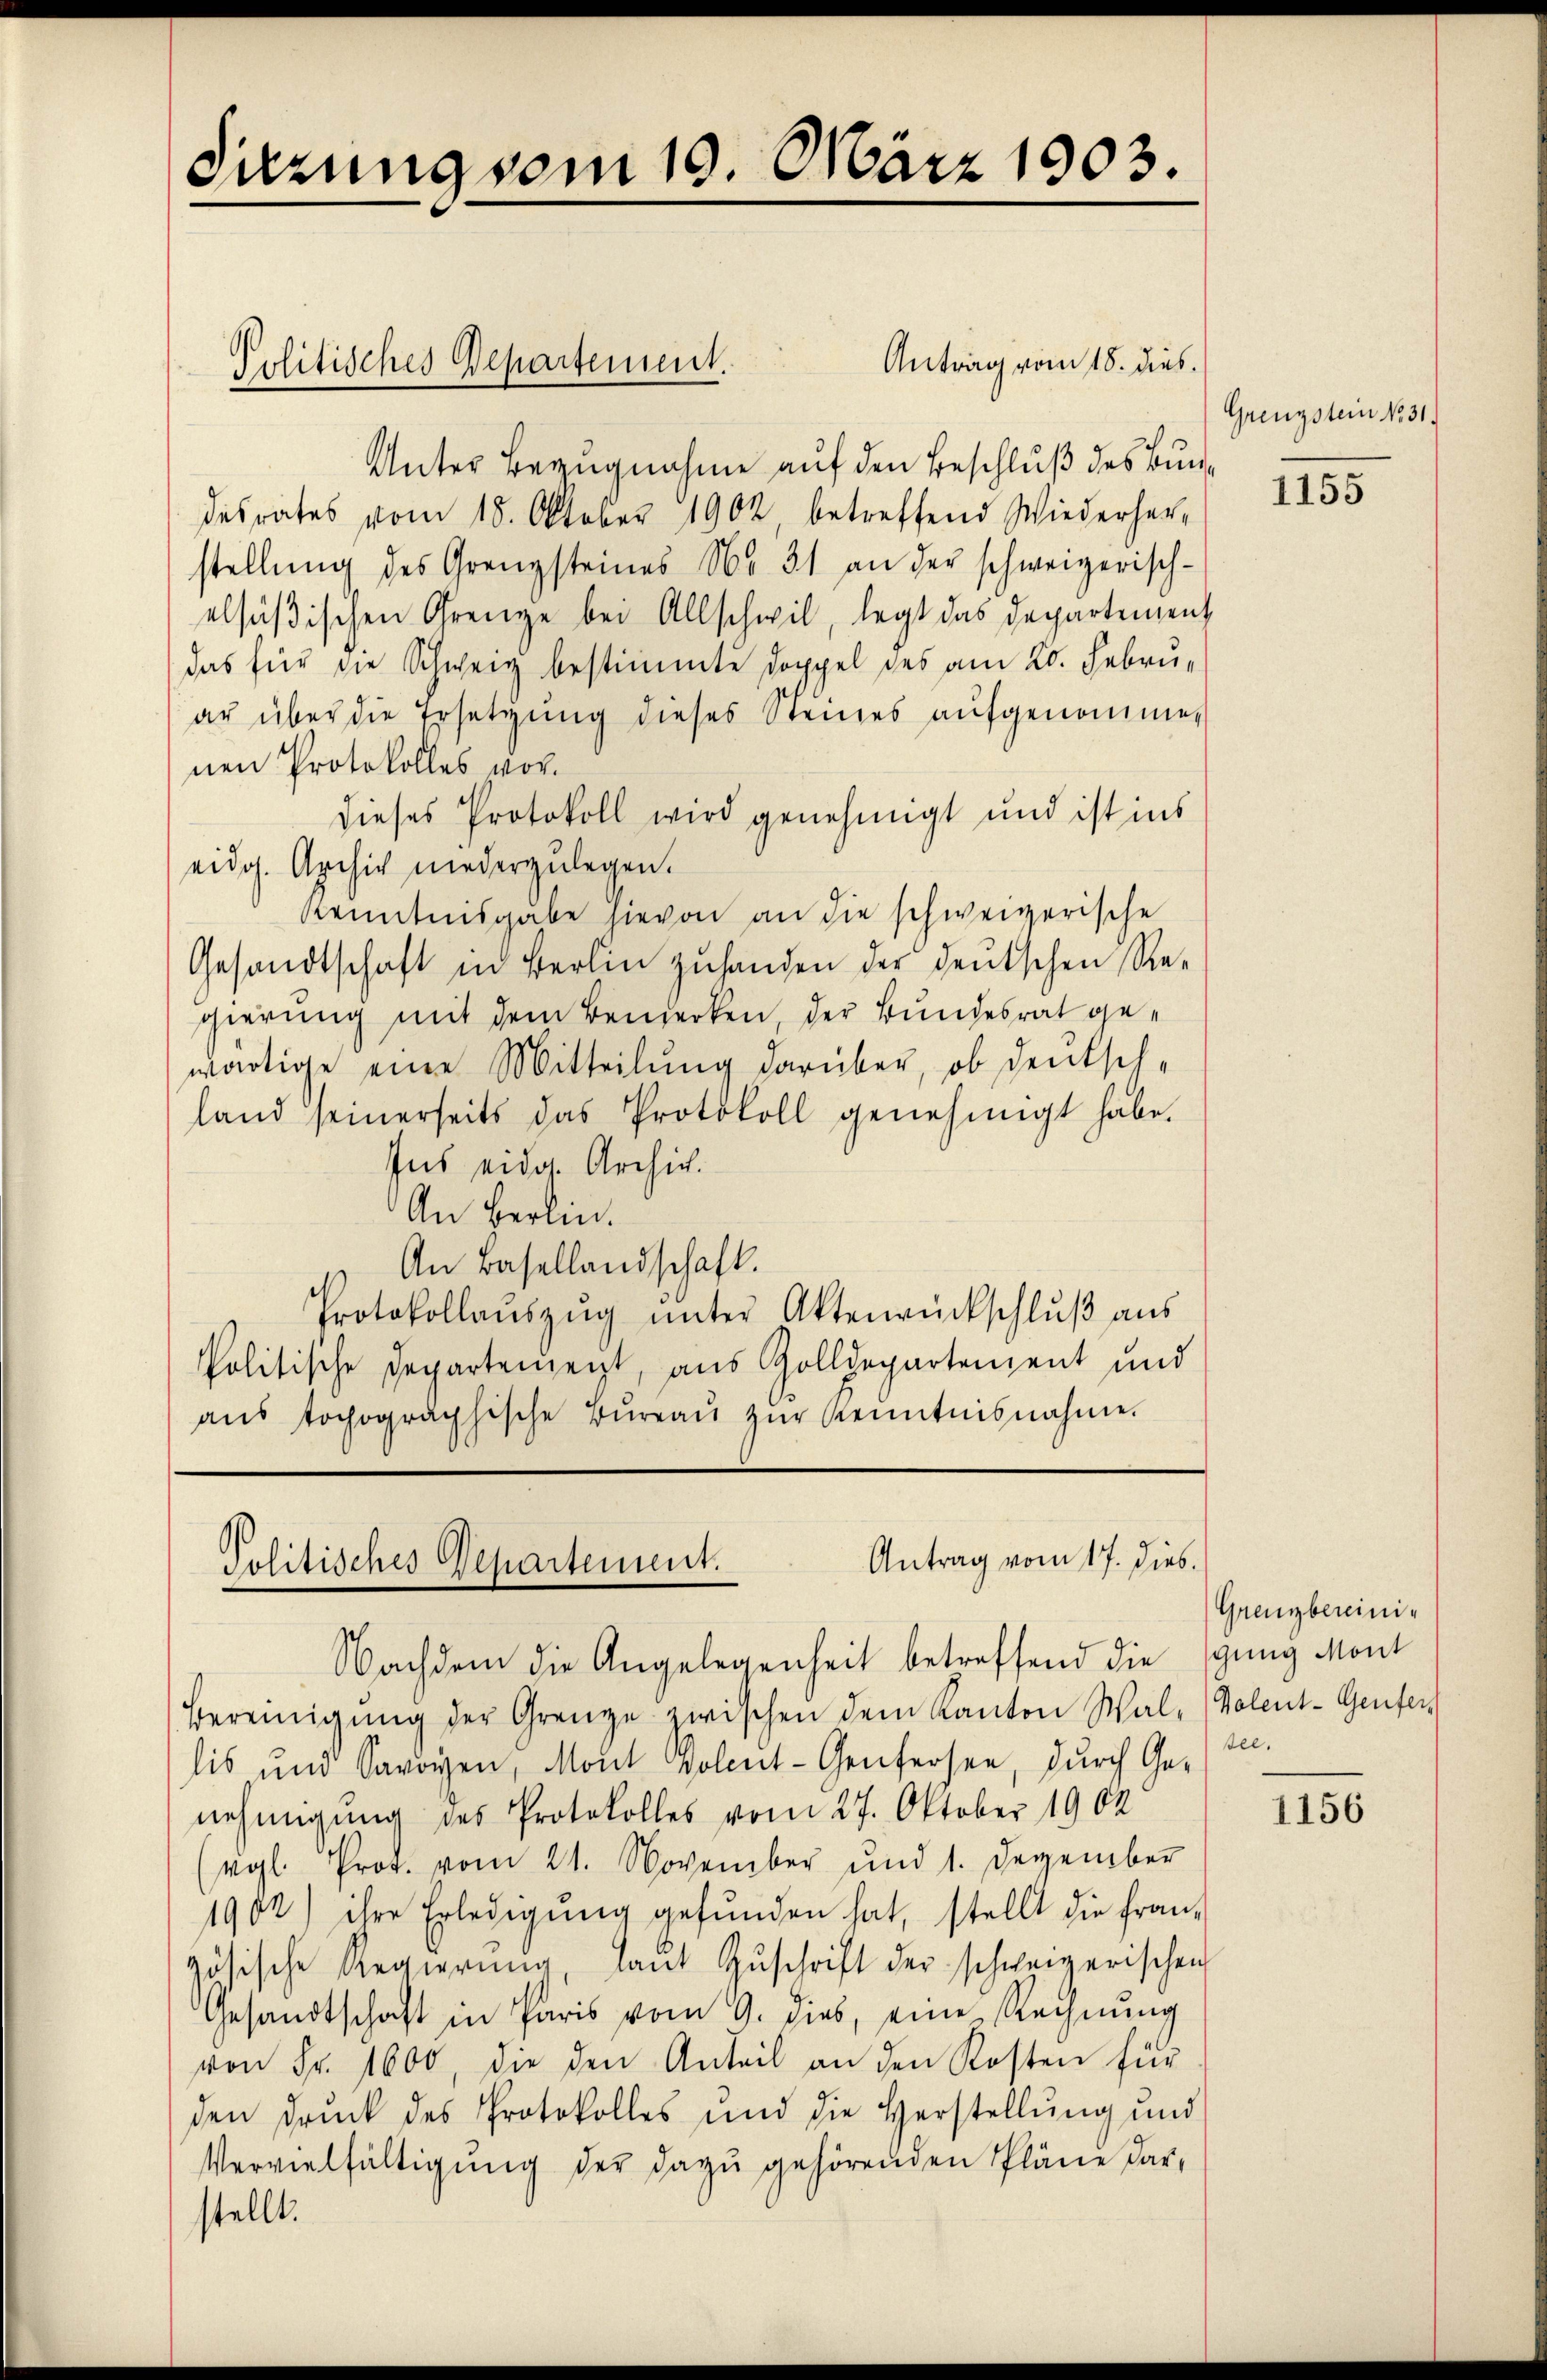
Sitzung vom 19. März 1903.

Antrag vom 18. dies
Unter Bezugnahme auf den Beschluß des Bundesrates vom 18. Oktober 1902, betreffend Wiederher-
stellung des Grenzsteines No. 31 an der schweizerisch-
elsüßischen Grenze bei Allschwil, legt das Departement
das für die Schweiz bestimmte Doppel des am 20. Februar über die Ersetzung dieses Steines aufgenommen
nen Protokolles vordieses Protokoll wird genehmigt und ist ins
eidg. Archiv niederzulegen.
Kenntnisgabe hievon an die schweizerische
Gesandtschaft in Berlin zuhanden der deutschen Regierung mit dem Bemerken, der Bundesrat gewärtige eine Mitteilung darüber, ob denksch-
land seinerseits das Protokoll genehmigt habe.
Ins eidg. Archiv.
An Herlin.
An Basellandschaft.
Protokollaŭszŭg ŭnter Aktenrückschluß aus
Politische Departenzeigt, aus Zolldepartement und
ans tochographische Büreaŭ zŭr Kenntnisnahme

Politisches Departement.

Antrag vom 17. dies
Politisches Departement.

Nachdem die Angelegenheit betreffend die ging Mont
Bereinigŭng der Grenze zwischen dem Kanton Wal- (Polent-Genfer
lis und Savoyen, Mont volent-Genfersee, durch Genehmigung des Protokolles vom 27. Oktober 1902
(vgl. Prot. vom 21. November und 1. Dezember
1902) ihre Erledigŭng gefŭnden hat, stellt die fran-
götische Regierŭng, laŭt Zŭschrift der schweizerischen
Gesandtschaft in Paris vom 9. dies, eine Rechnŭng
von Fr. 1600 die den Anteil an den Kosten für
den Druck des Protokolles und die Herstellung und
Vervielfältigung der dazu gehörenden Pläne darstellt.

Grenzstein No 31.

1155

Grenzbereinisee.

1156